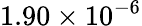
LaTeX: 1.90\times 10^{-6}